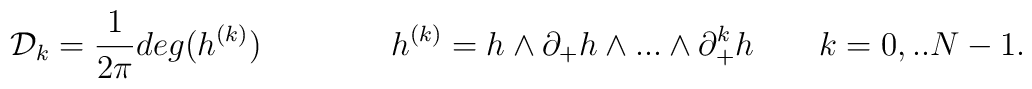
{\cal D}_k = \frac{1}{2\pi} deg(h^{(k)}) \qquad\qquad h^{(k)} = h \wedge \partial_{+} h \wedge ... \wedge \partial_{+}^k h\qquad k = 0, .. N-1.